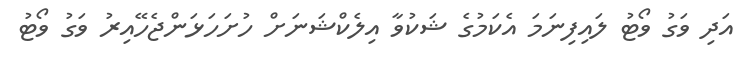
އަދި ވަގު ވޯޓު ލައިފިނަމަ އެކަމުގެ ޝަކުވާ އިލެކްޝަނަށް ހުށަހަޅަންޖެހޭއިރު ވަގު ވޯޓު